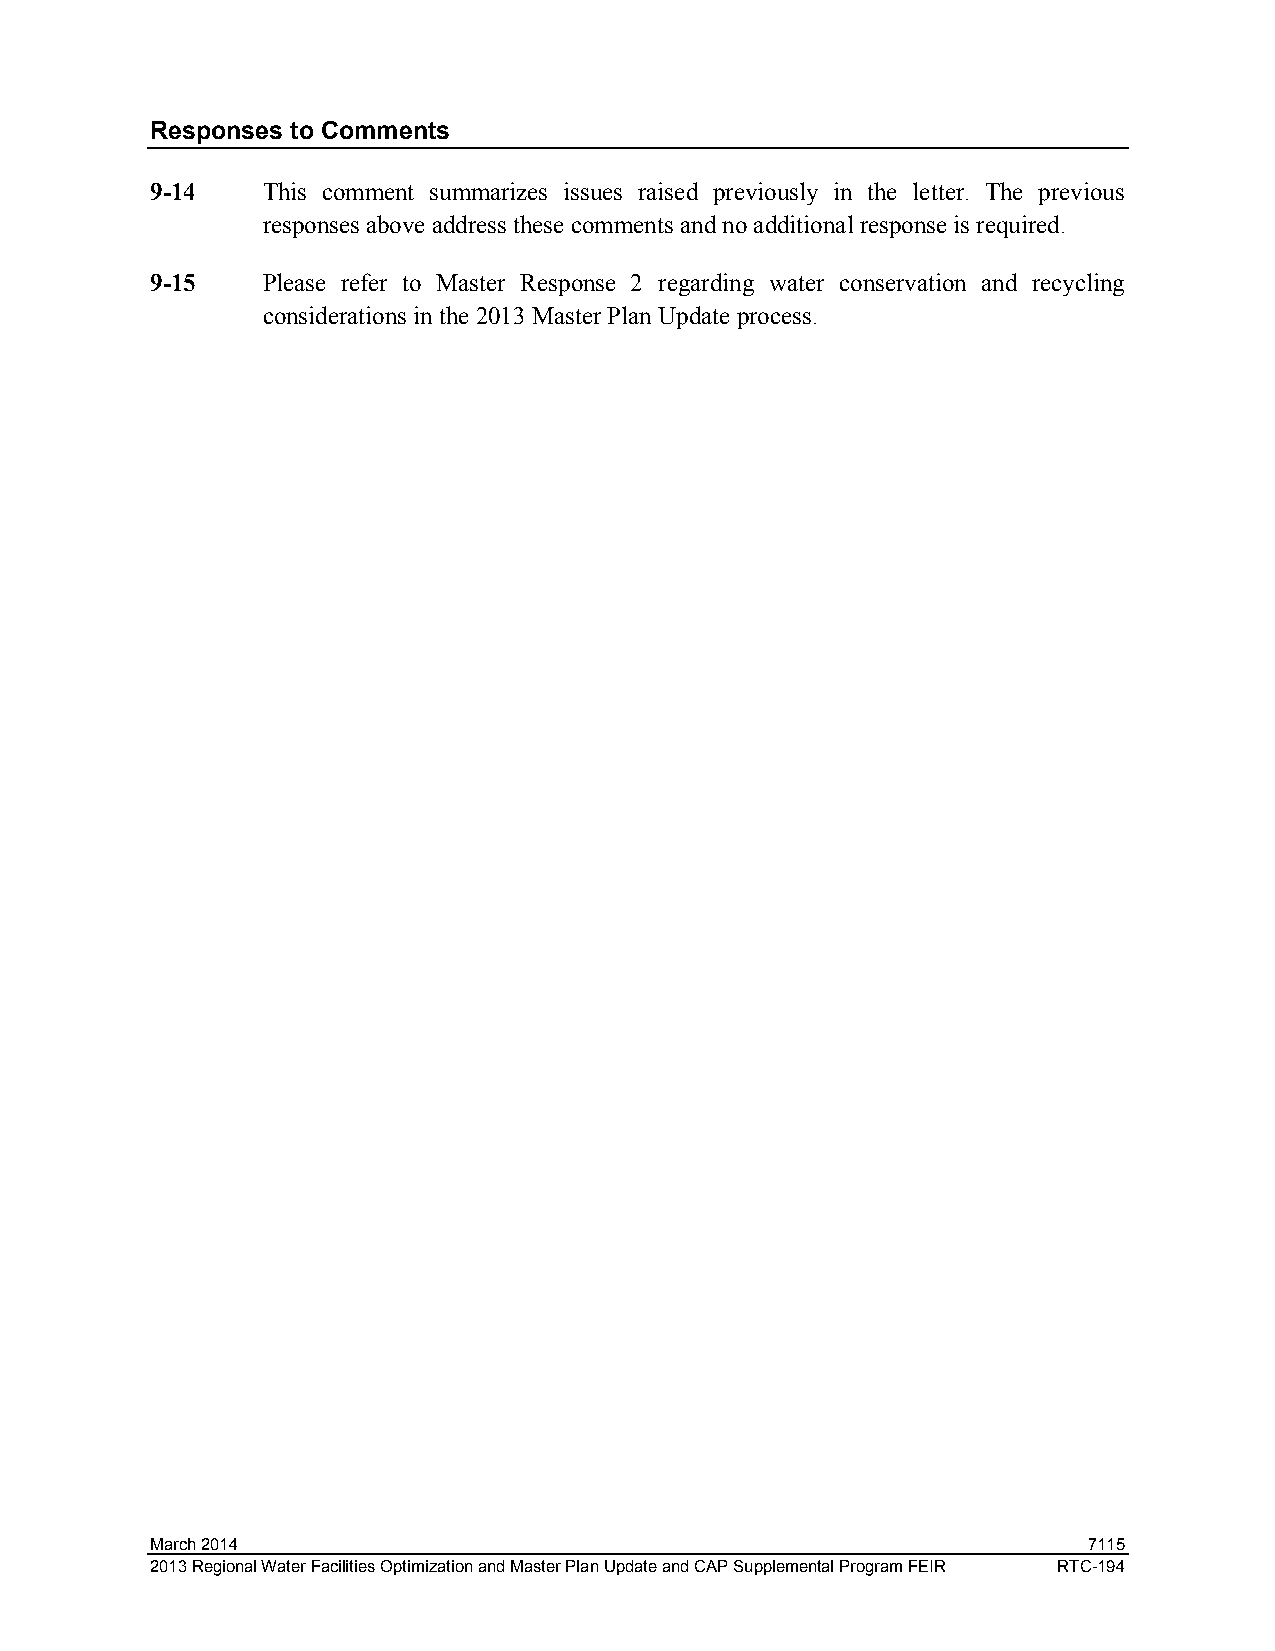
Responses to Comments
 9-14   This comment summarizes issues raised previously in the letter. The previous
 responses above address these comments and no additional response is required.
 9-15   Please refer to Master Response 2 regarding water conservation and recycling
 considerations in the 2013 Master Plan Update process.
 March 2014                                                    7115
 2013 Regional Water Facilities Optimization and Master Plan Update and CAP Supplemental Program FEIR RTC-194